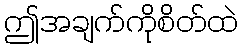
ဤအချက်ကိုစိတ်ထဲ